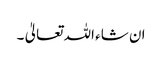
ان شاء اللہ تعالیٰ ۔